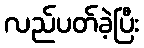
လည်ပတ်ခဲ့ပြီး